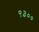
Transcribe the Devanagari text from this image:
९३००